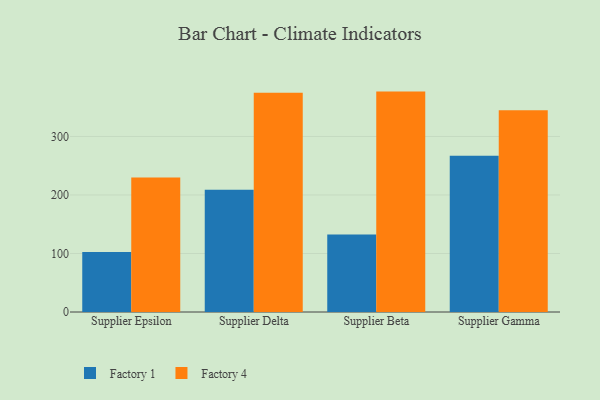
{"axis": {"x": "Supplier", "y": "Shipments"}, "legend": ["Factory 1", "Factory 4"], "data": [{"x": "Supplier Epsilon", "y": 102.5, "type": "Factory 1"}, {"x": "Supplier Epsilon", "y": 229.9, "type": "Factory 4"}, {"x": "Supplier Delta", "y": 209.0, "type": "Factory 1"}, {"x": "Supplier Delta", "y": 374.7, "type": "Factory 4"}, {"x": "Supplier Beta", "y": 132.5, "type": "Factory 1"}, {"x": "Supplier Beta", "y": 376.7, "type": "Factory 4"}, {"x": "Supplier Gamma", "y": 267.1, "type": "Factory 1"}, {"x": "Supplier Gamma", "y": 344.8, "type": "Factory 4"}]}